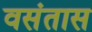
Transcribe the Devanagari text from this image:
वसंतास